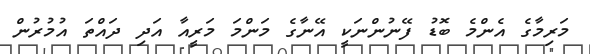
މަރިމާގެ އެންމެ ބޮޑު ފޭނުންނަކީ އޭނާގެ މަންމަ މަރީއާ އަދި ދައްތަ އުމުރުން